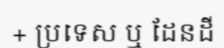
+ ប្រទេស ឬ ដែនដី